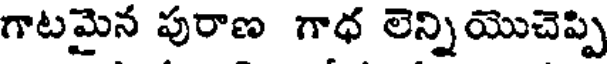
గాటమైన పురాణ గాధ లెన్నియొచెప్పి